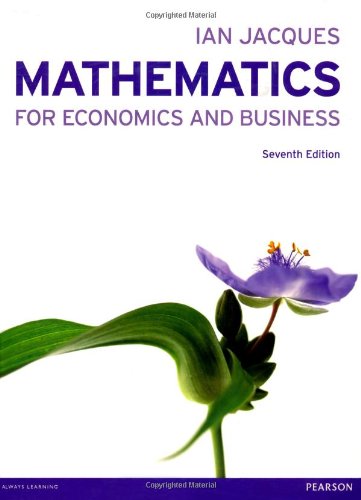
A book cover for Mathematics for Economics and Business (7th Edition); Ian Jacques; Business & Money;